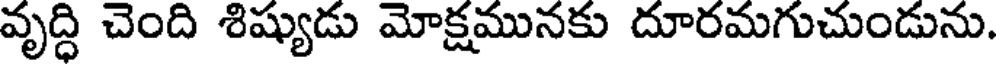
వృద్ధి చెంది శిష్యుడు మోక్షమునకు దూరమగుచుండును.